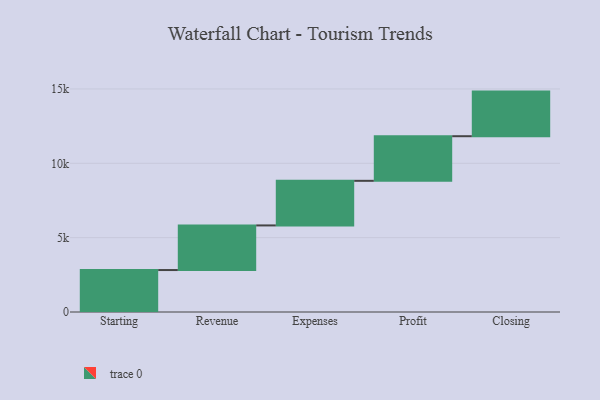
{"axis": {"x": "Step", "y": "Value"}, "legend": [""], "data": [{"x": "Starting", "y": 2822.0, "type": ""}, {"x": "Revenue", "y": 3000, "type": ""}, {"x": "Expenses", "y": 3000, "type": ""}, {"x": "Profit", "y": 3000, "type": ""}, {"x": "Closing", "y": 3000, "type": ""}]}